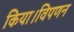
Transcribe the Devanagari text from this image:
किया।विपणन